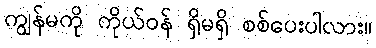
ကျွန်မကို ကိုယ်ဝန် ရှိမရှိ စစ်ပေးပါလား။